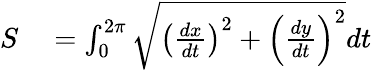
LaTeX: \begin{array}{rl}{S}&{{}=\int_{0}^{2\pi}{\sqrt{\left({\frac{dx}{dt}}\right)^{2}+\left({\frac{dy}{dt}}\right)^{2}}}dt}\end{array}